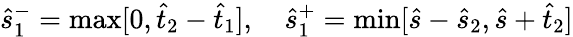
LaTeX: \hat{s}_{1}^{-}=\operatorname*{max}[0,\hat{t}_{2}-\hat{t}_{1}],~~~~\hat{s}_{1}^{+}=\operatorname*{min}[\hat{s}-\hat{s}_{2},\hat{s}+\hat{t}_{2}]